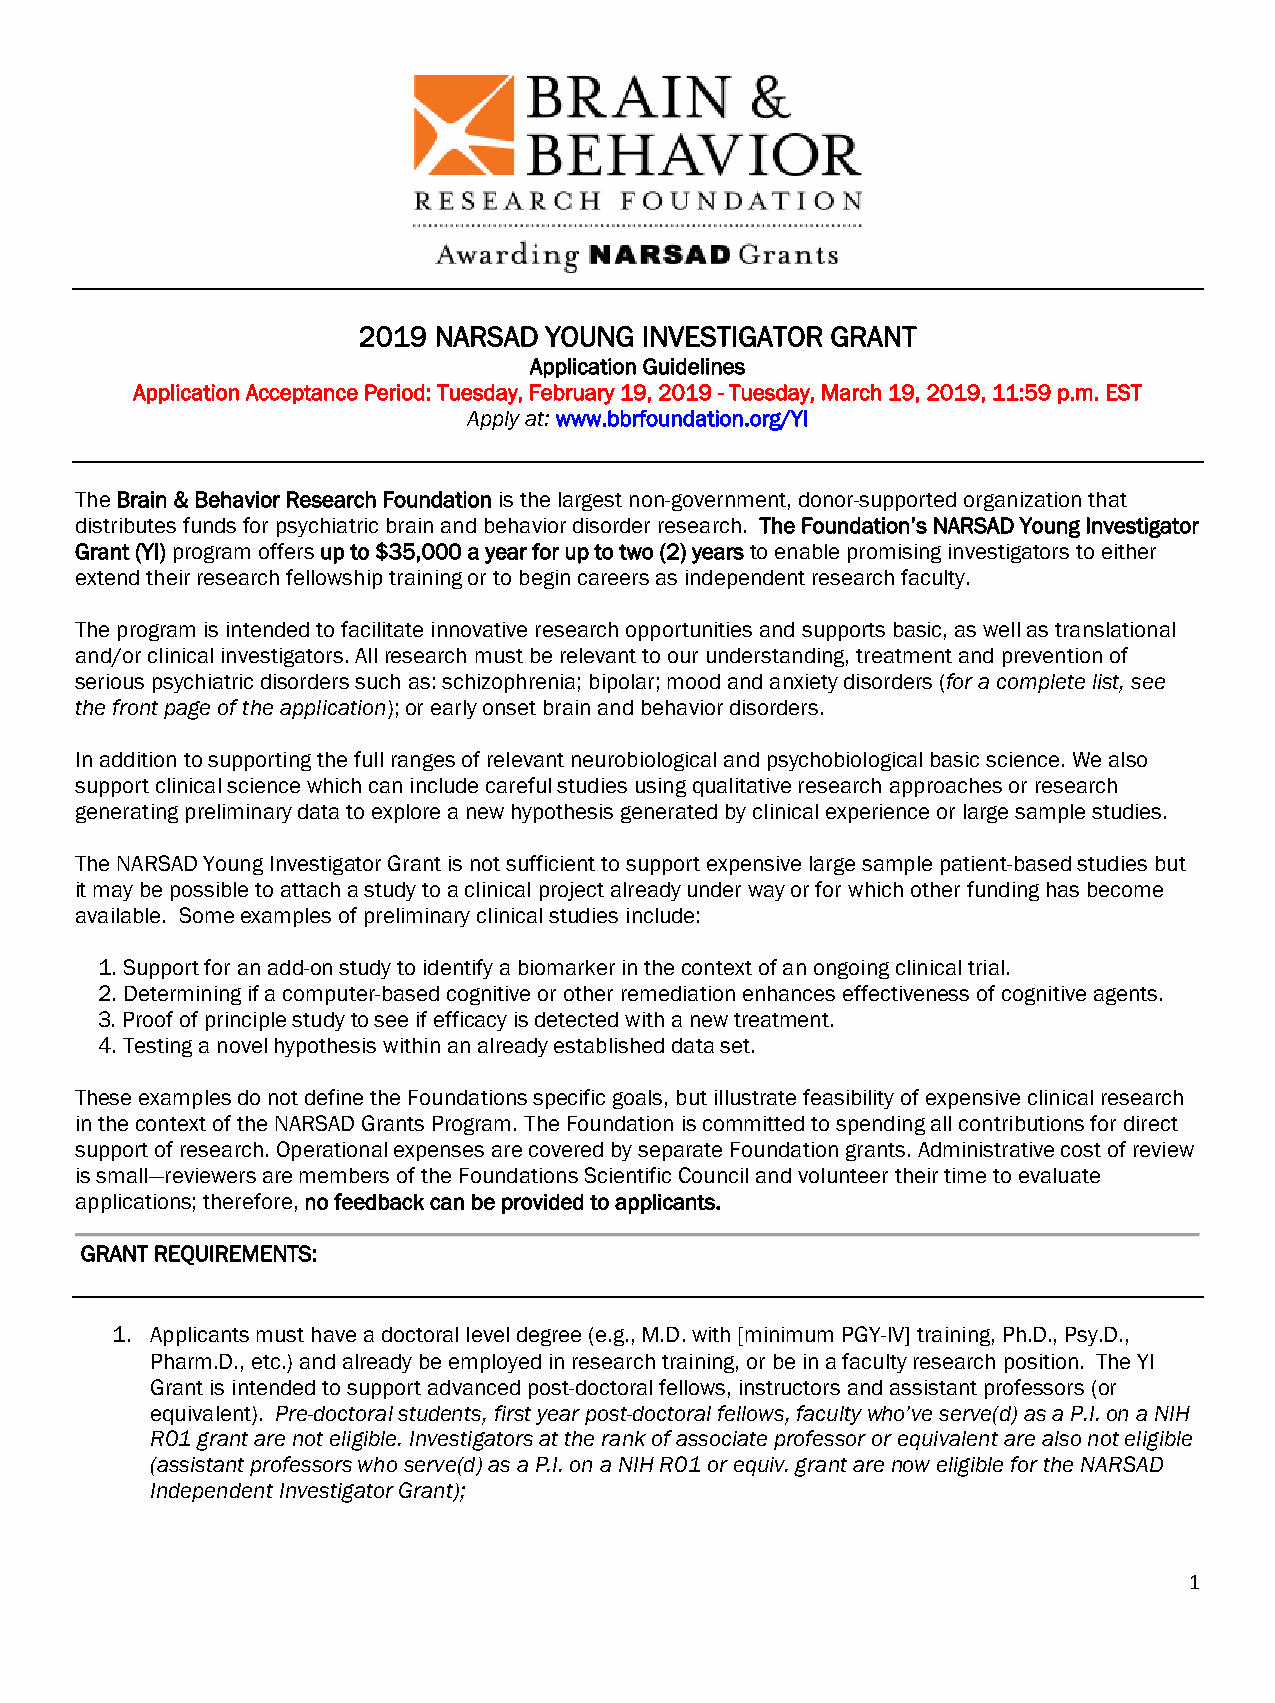
2019 NARSAD YOUNG  INVESTIGATOR GRANT
 Application Guidelines
 Application Acceptance Period: Tuesday, February 19, 2019 - Tuesday, March 19, 2019, 11:59 p.m. EST
 Apply at: www.bbrfoundation.org/YI
 The Brain & Behavior Research Foundation is the largest non-government, donor-supported organization that
 distributes funds for psychiatric brain and behavior disorder research. The Foundation’s NARSAD Young Investigator
 Grant (YI) program offers up to $35,000 a year for up to two (2) years to enable promising investigators to either
 extend their research fellowship training or to begin careers as independent research faculty.
 The program is intended to facilitate innovative research opportunities and supports basic, as well as translational
 and/or clinical investigators. All research must be relevant to our understanding, treatment and prevention of
 serious psychiatric disorders such as: schizophrenia; bipolar; mood and anxiety disorders (for a complete list, see
 the front page of the application); or early onset brain and behavior disorders.
 In addition to supporting the full ranges of relevant neurobiological and psychobiological basic science. We also
 support clinical science which can include careful studies using qualitative research approaches or research
 generating preliminary data to explore a new hypothesis generated by clinical experience or large sample studies.
 The NARSAD Young Investigator Grant is not sufficient to support expensive large sample patient-based studies but
 it may be possible to attach a study to a clinical project already under way or for which other funding has become
 available. Some examples of preliminary clinical studies include:
 1. Support for an add-on study to identify a biomarker in the context of an ongoing clinical trial.
 2. Determining if a computer-based cognitive or other remediation enhances effectiveness of cognitive agents.
 3. Proof of principle study to see if efficacy is detected with a new treatment.
 4. Testing a novel hypothesis within an already established data set.
 These examples do not define the Foundations specific goals, but illustrate feasibility of expensive clinical research
 in the context of the NARSAD Grants Program. The Foundation is committed to spending all contributions for direct
 support of research. Operational expenses are covered by separate Foundation grants. Administrative cost of review
 is small—reviewers are members of the Foundations Scientific Council and volunteer their time to evaluate
 applications; therefore, no feedback can be provided to applicants.
 GRANT REQUIREMENTS:
 1. Applicants must have a doctoral level degree (e.g., M.D. with [minimum PGY-IV] training, Ph.D., Psy.D.,
 Pharm.D., etc.) and already be employed in research training, or be in a faculty research position. The YI
 Grant is intended to support advanced post-doctoral fellows, instructors and assistant professors (or
 equivalent). Pre-doctoral students, first year post-doctoral fellows, faculty who’ve serve(d) as a P.I. on a NIH
 R01 grant are not eligible. Investigators at the rank of associate professor or equivalent are also not eligible
 (assistant professors who serve(d) as a P.I. on a NIH R01 or equiv. grant are now eligible for the NARSAD
 Independent Investigator Grant);
 1